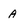
Character: A